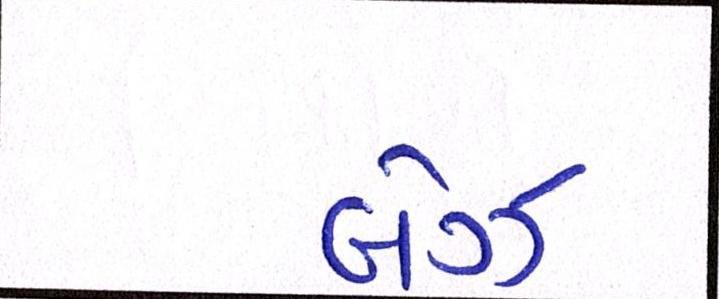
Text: બેઝ